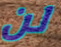
لن